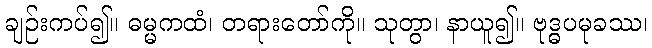
ချဉ်းကပ်၍။ ဓမ္မကထံ၊ တရားတော်ကို။ သုတွာ၊ နာယူ၍။ ဗုဒ္ဓပမုခဿ၊